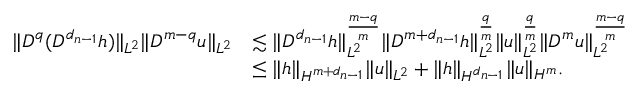
\begin{array} { r l } { \| D ^ { q } ( D ^ { d _ { n - 1 } } h ) \| _ { L ^ { 2 } } \| D ^ { m - q } u \| _ { L ^ { 2 } } } & { \lesssim \| D ^ { d _ { n - 1 } } h \| _ { L ^ { 2 } } ^ { \frac { m - q } { m } } \| D ^ { m + d _ { n - 1 } } h \| _ { L ^ { 2 } } ^ { \frac { q } { m } } \| u \| _ { L ^ { 2 } } ^ { \frac { q } { m } } \| D ^ { m } u \| _ { L ^ { 2 } } ^ { \frac { m - q } { m } } } \\ & { \leq \| h \| _ { H ^ { m + d _ { n - 1 } } } \| u \| _ { L ^ { 2 } } + \| h \| _ { H ^ { d _ { n - 1 } } } \| u \| _ { H ^ { m } } . } \end{array}